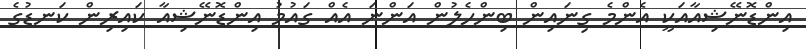
އިންޑޮނޭޝިއާއަކީ އެންމެ ގިނައިން ބިންހެލުން އަންނަ އެއް ގައުމު އިންޑޮނޭޝިއާ ކައިރިން ކަނޑުގެ